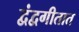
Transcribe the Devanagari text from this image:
द्वंद्वगीतात